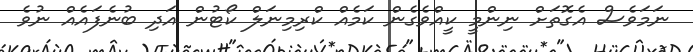
ނަމަވެސް އެގޮތަށް ނިންމީ ކީއްވެގެން ކަމެއް ކްރިމިނަލް ކޯޓުން އަދި ބުނެފައެއް ނުވެ